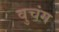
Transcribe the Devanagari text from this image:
वुचंग